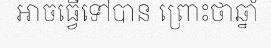
អាចធ្វើទៅបាន ព្រោះថាឆ្នាំ